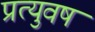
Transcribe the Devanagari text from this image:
प्रत्युवष